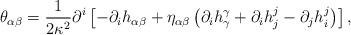
\begin{align*}\theta_{\alpha\beta} = {1\over2\kappa^2} {\partial^i} \left[-{\partial_i}{h_{\alpha\beta}}+ {\eta_{\alpha\beta}} \left({\partial_i}{h^\gamma_\gamma} + {\partial_i}{h^j_j} -{\partial_j}{h^j_i}\right)\right],\end{align*}